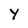
Character: Y